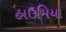
હાઉમિયા